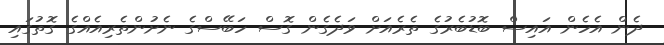
ދެން އެހެން އައިސް ބޮޑުބެރުގެ ތެރެއަށް ވަދެގެން ގޮސް ހަބޭސްގެ ނެށުންތެރިއެއްގެ ގޮތުގައި